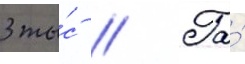
3 ты́с // Га́